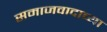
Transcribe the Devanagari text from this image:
समाजवादाच्या